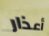
أعذار